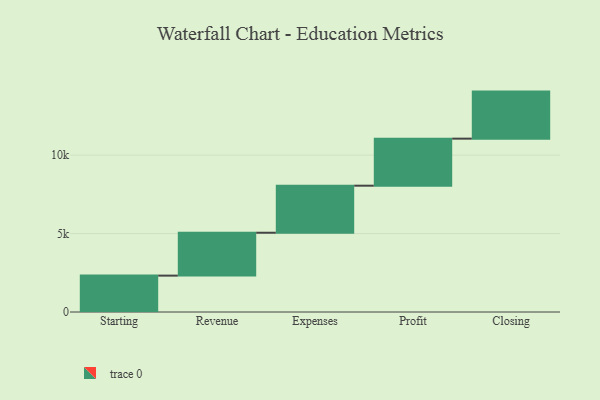
{"axis": {"x": "Step", "y": "Value"}, "legend": [""], "data": [{"x": "Starting", "y": 2320.0, "type": ""}, {"x": "Revenue", "y": 2734.0, "type": ""}, {"x": "Expenses", "y": 3000, "type": ""}, {"x": "Profit", "y": 3000, "type": ""}, {"x": "Closing", "y": 3000, "type": ""}]}